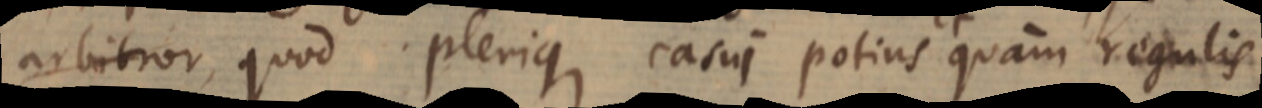
quod plerique casui potius quam regulis